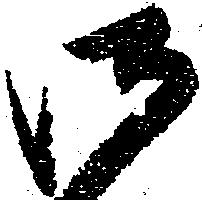
御